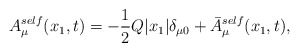
\begin{align*}A_{\mu}^{self}(x_1,t) = -\frac{1}{2} Q|x_1| {\delta}_{{\mu}0}+ \bar{A}_{\mu}^{self}(x_1,t),\end{align*}